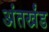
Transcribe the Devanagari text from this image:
अंतर्खंड